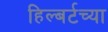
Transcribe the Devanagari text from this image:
हिल्बर्टच्या